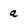
Character: a